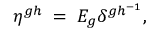
\eta ^ { g h } \; = \; E _ { g } \delta ^ { g h ^ { - 1 } } ,